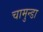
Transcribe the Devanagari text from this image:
चामुन्डा